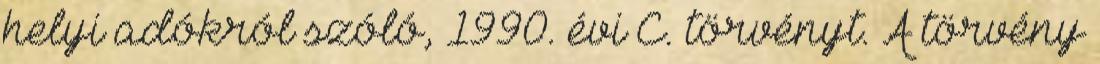
helyi adókról szóló, 1990. évi C. törvényt. A törvény